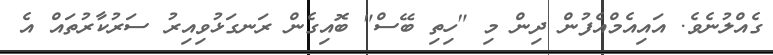
ގެއްލުނެވެ. އައިއެމްއެފުން ދިން މި "ހިތި ބޭސް" ބޮއިގެން ރަނގަޅުވިއިރު ސަރުކާރުތައް އެ